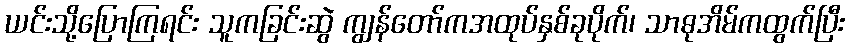
ယင်းသို့ပြောကြရင်း သူကခြင်းဆွဲ ကျွန်တော်ကအထုပ်နှစ်ခုပိုက်၊ သာဓုအိမ်ကထွက်ပြီး